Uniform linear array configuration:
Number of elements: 8
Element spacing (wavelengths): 0.25
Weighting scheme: exponential
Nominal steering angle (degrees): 30
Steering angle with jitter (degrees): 30.455
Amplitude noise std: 0.05
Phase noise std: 0.05

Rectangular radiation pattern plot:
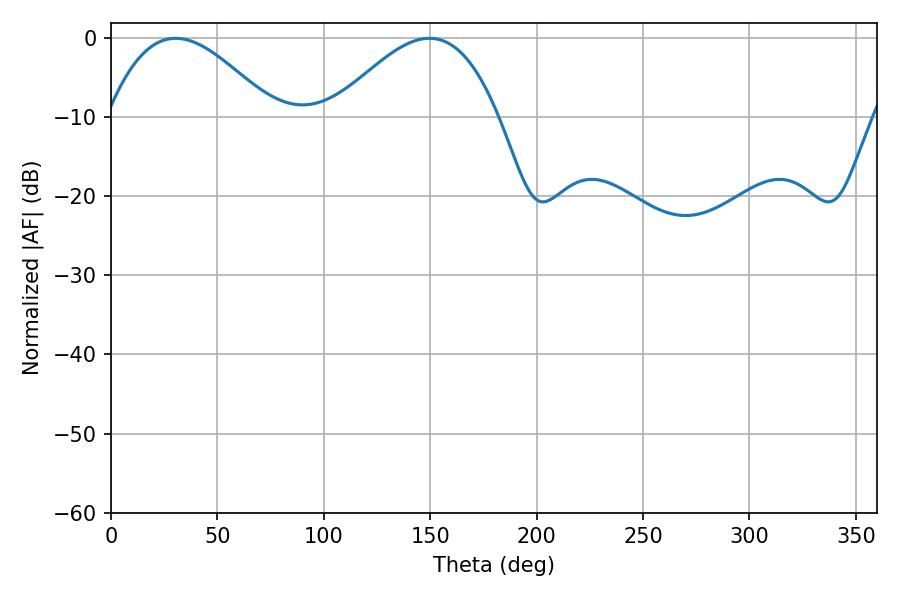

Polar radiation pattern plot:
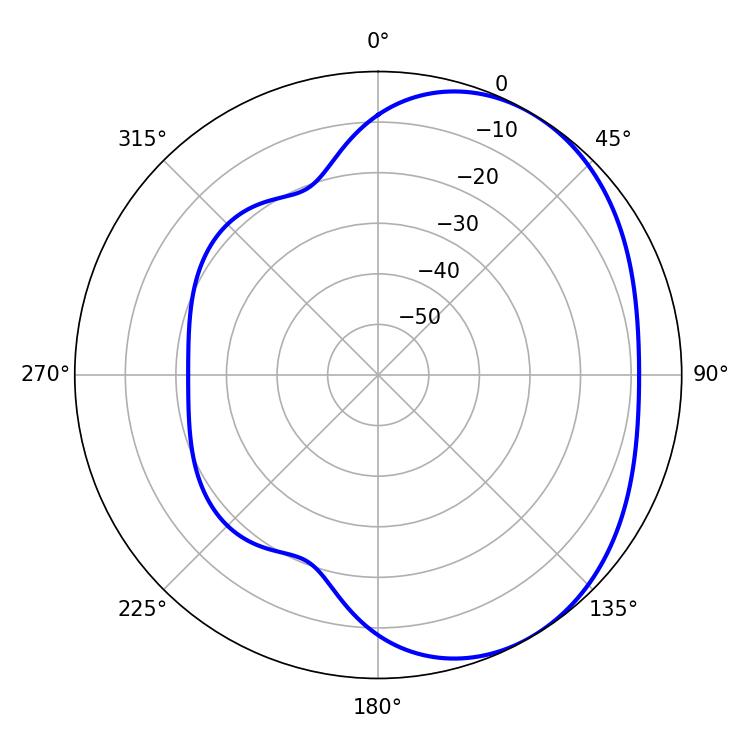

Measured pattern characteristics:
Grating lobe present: FALSE
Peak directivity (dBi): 3.462
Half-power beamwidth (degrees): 42.12
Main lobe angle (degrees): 30.42